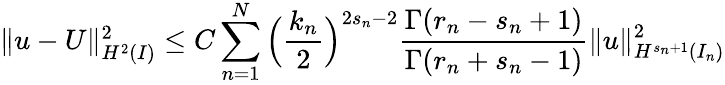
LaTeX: \begin{array}{r}{\| u-U\| _{H^{2}(I)}^{2}\le C\displaystyle\sum_{n=1}^{N}\Big(\displaystyle\frac{k_{n}}{2}\Big)^{2s_{n}-2}\displaystyle\frac{\Gamma(r_{n}-s_{n}+1)}{\Gamma(r_{n}+s_{n}-1)}\| u\| _{H^{s_{n}+1}(I_{n})}^{2}}\end{array}